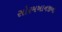
સોરમખાનજીના